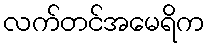
လက်တင်အမေရိက